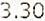
3.30